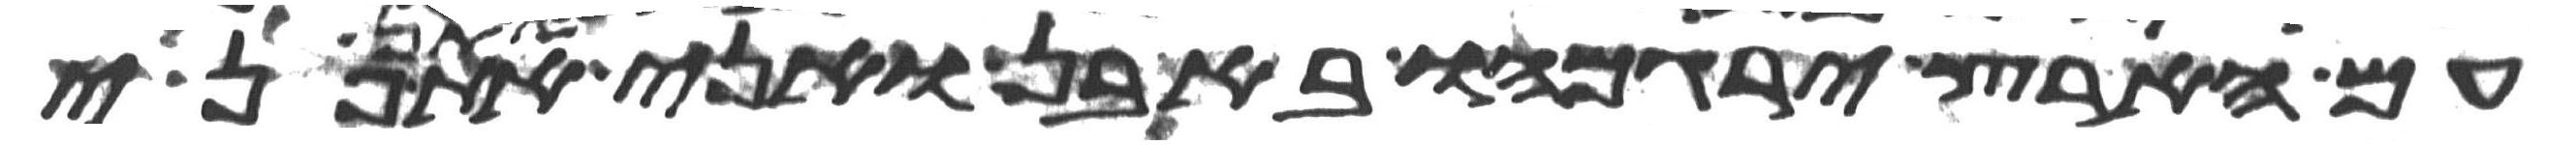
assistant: עם הארץ ירגמהו באבן ואני אתן את פני